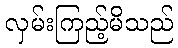
လှမ်းကြည့်မိသည်